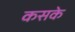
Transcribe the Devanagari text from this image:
कसके